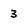
Character: 3